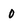
Character: 0